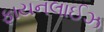
ફાયનલાઈઝ